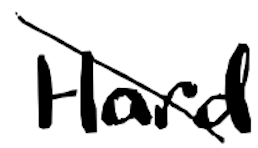
Text: Hard
Cross-out: diagonal
Writing tool: digital_black